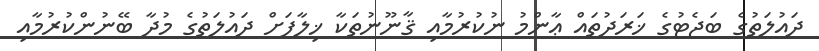
ދައުލަތުގެ ބަޖެޓުގެ ޚަރަދުތައް ޢާންމު ނުކުރުމާއި ޤާނޫނުތަކާ ޚިލާފަށް ދައުލަތުގެ މުދާ ބޭނުންކުރުމާއި